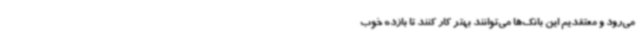
می‌رود و معتقدیم این بانک‌ها می‌توانند بهتر کار کنند تا بازده خوب